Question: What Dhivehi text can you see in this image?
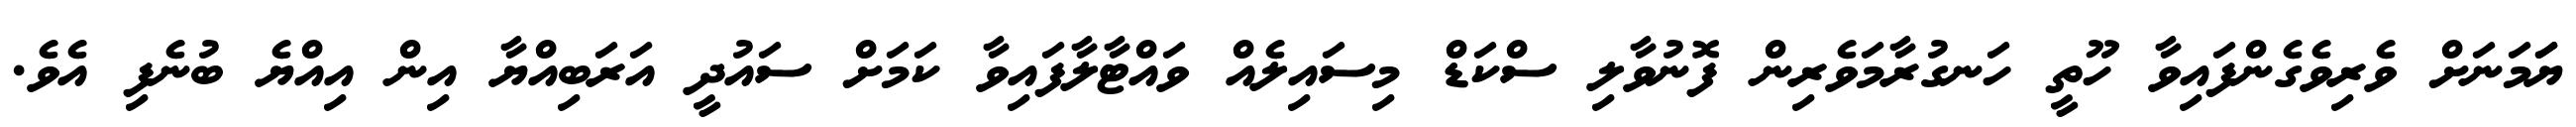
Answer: ޔަަމަނަށް ވެރިވެގެންފައިވާ ހޫތީ ހަނގުރާމަވެރިން ފޮނުވާލި ސްކަޑް މިސައިލެއް ވައްޓާލާފައިވާ ކަމަށް ސައުދީ އަރަބިއްޔާ އިން އިއްޔެ ބުނެފި އެވެ.